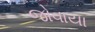
જોવાયા